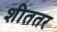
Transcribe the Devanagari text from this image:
शीततर